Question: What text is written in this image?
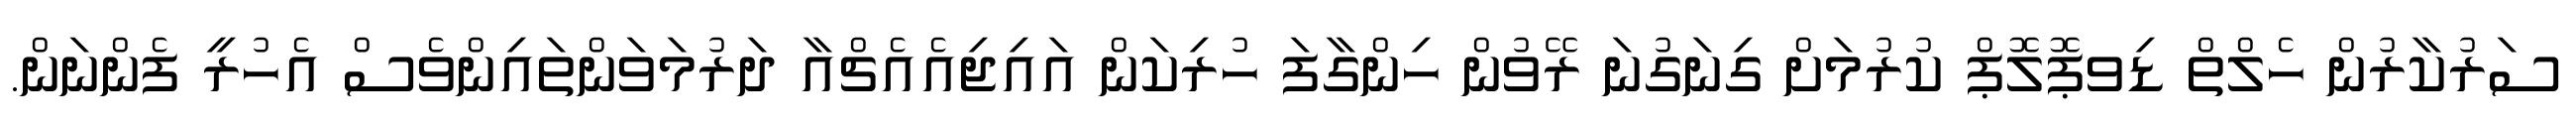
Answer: ސަރުކާރުން ހެލްތް ޑިވޕޮލޮޕް ކުރުމަށް ގިނަގުނަ ރޭވުން ހިންގާފަ ހުރިކަން އައިޖިއެއެޗްއާ ދަރުމަވަންތައިންވެސް އެހުރީ ފެންނަން.